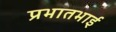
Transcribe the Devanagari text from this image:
प्रभातभाई